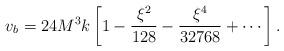
LaTeX: \begin{align*}v_b = 24 M^3 k \left[ 1 - \frac{\xi^2}{128} - \frac{\xi^4}{32768} + \cdots \right].\end{align*}